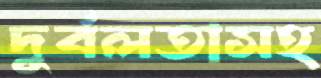
দুর্বলতাসহ